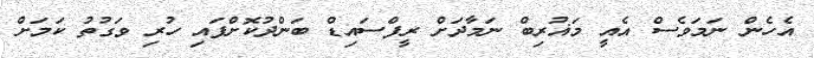
އެހެން ނަމަވެސް އެއީ މަޣުރިބް ނަމާދަށް ރީފްސައިޑް ބަންދުކޮށްފައި ހުރި ވަގުތު ކަމަށް